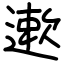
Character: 遬